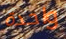
واحدة